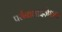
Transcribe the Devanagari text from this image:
पर्सनालाइज़ेशन